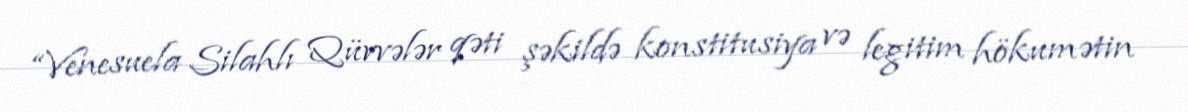
“Venesuela Silahlı Qüvvələr qəti şəkildə konstitusiya və legitim hökumətin